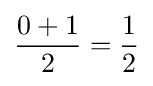
{\frac {0+1}{2}}={\frac {1}{2}}